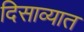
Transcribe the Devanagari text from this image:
दिसाव्यात